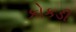
કોકડી